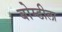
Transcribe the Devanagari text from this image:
बोम्डीला